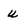
Character: u